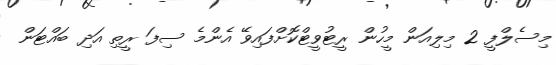
މިސެލްފީ 2 މިލިއަން މީހުން ރީޓުވީޓްކޮށްފައިވޭ އެންމެ ސިފަ ރީތި އަދި ބައްޓަން